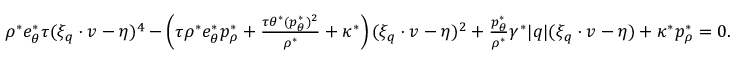
\begin{array} { r } { \rho ^ { \ast } e _ { \theta } ^ { \ast } \tau ( \xi _ { q } \cdot v - \eta ) ^ { 4 } - \left( \tau \rho ^ { \ast } e _ { \theta } ^ { \ast } p _ { \rho } ^ { \ast } + \frac { \tau \theta ^ { \ast } ( p _ { \theta } ^ { \ast } ) ^ { 2 } } { \rho ^ { \ast } } + \kappa ^ { \ast } \right) ( \xi _ { q } \cdot v - \eta ) ^ { 2 } + \frac { p _ { \theta } ^ { \ast } } { \rho ^ { \ast } } \gamma ^ { \ast } | q | ( \xi _ { q } \cdot v - \eta ) + \kappa ^ { \ast } p _ { \rho } ^ { \ast } = 0 . } \end{array}